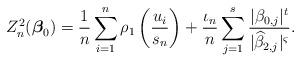
LaTeX: \begin{align*}Z_{n}^{2}(\boldsymbol{\beta}_{0}) & =\frac{1}{n}\sum\limits_{i=1}^{n}\rho_{1}\left( \frac{u_{i}}{s_{n}}\right) +\frac{\iota_n}{n} \sum\limits_{j=1}^{s} \frac{\vert \beta_{0,j} \vert^{t}}{\vert \widehat{\beta}_{2,j} \vert^{\varsigma}}.\end{align*}